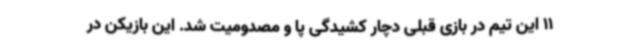
11 این تیم در بازی قبلی دچار کشیدگی پا و مصدومیت شد. این بازیکن در